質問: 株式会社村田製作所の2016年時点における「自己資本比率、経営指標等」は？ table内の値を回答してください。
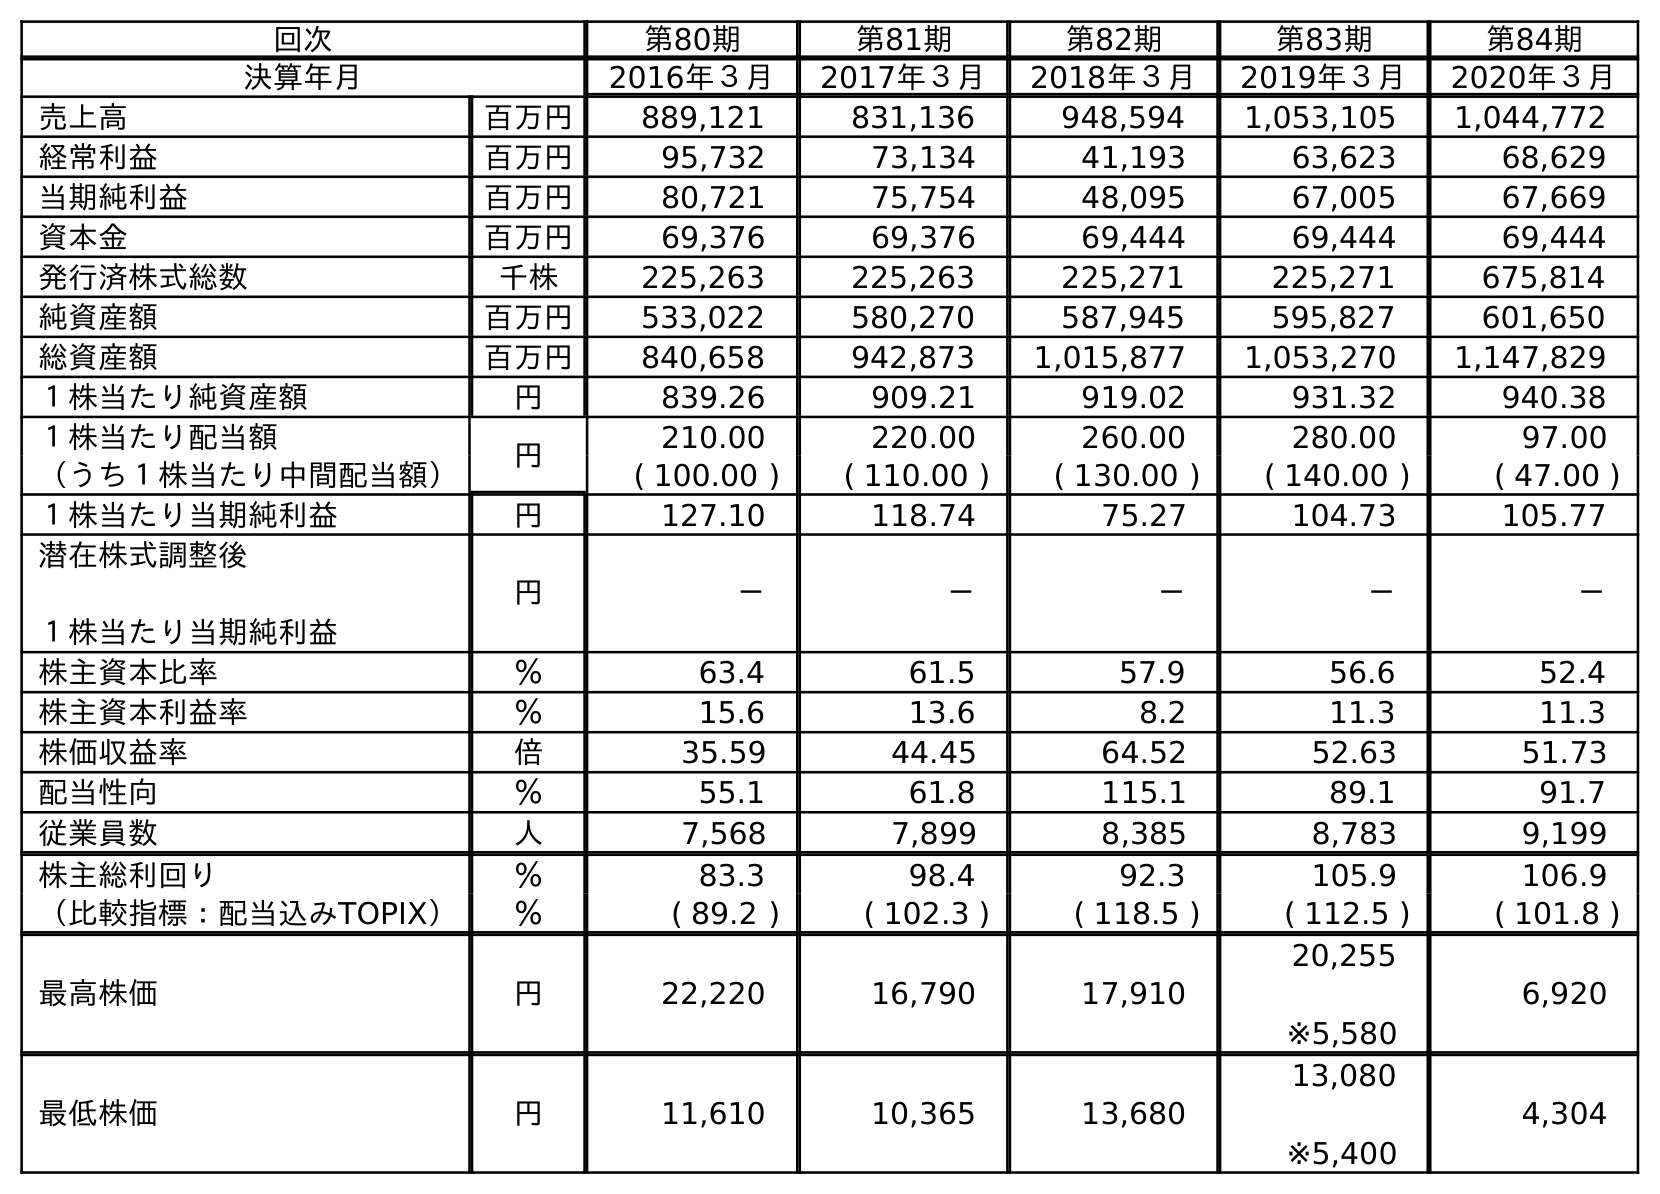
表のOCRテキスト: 回次 第80期 第81期 第82期 第83期 第84期 決算年月 2016年３月 2017年３月 2018年３月 2019年３月 2020年３月 売上高 百万円 889,121 831,136 948,594 1,053,105 1,044,772 経常利益 百万円 95,732 73,134 41,193 63,623 68,629 当期純利益 百万円 80,721 75,754 48,095 67,005 67,669 資本金 百万円 69,376 69,376 69,444 69,444 69,444 発行済株式総数 千株 225,263 225,263 225,271 225,271 675,814 純資産額 百万円 533,022 580,270 587,945 595,827 601,650 総資産額 百万円 840,658 942,873 1,015,877 1,053,270 1,147,829 １株当たり純資産額 円 839.26 909.21 919.02 931.32 940.38 １株当たり配当額 円 210.00 220.00 260.00 280.00 97.00 （うち１株当たり中間配当額） ( 100.00 ) ( 110.00 ) ( 130.00 ) ( 140.00 ) ( 47.00 ) １株当たり当期純利益 円 127.10 118.74 75.27 104.73 105.77 潜在株式調整後 １株当たり当期純利益 円 － － － － － 株主資本比率 ％ 63.4 61.5 57.9 56.6 52.4 株主資本利益率 ％ 15.6 13.6 8.2 11.3 11.3 株価収益率 倍 35.59 44.45 64.52 52.63 51.73 配当性向 ％ 55.1 61.8 115.1 89.1 91.7 従業員数 人 7,568 7,899 8,385 8,783 9,199 株主総利回り ％ 83.3 98.4 92.3 105.9 106.9 （比較指標：配当込みTOPIX） ％ ( 89.2 ) ( 102.3 ) ( 118.5 ) ( 112.5 ) ( 101.8 ) 最高株価 円 22,220 16,790 17,910 20,255 ※5,580 6,920 最低株価 円 11,610 10,365 13,680 13,080 ※5,400 4,304
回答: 63.4